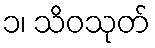
၁၊ သိဝသုတ်